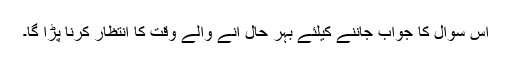
اس سوال کا جواب جاننے کیلئے بہر حال آنے والے وقت کا انتظار کرنا پڑا گا۔